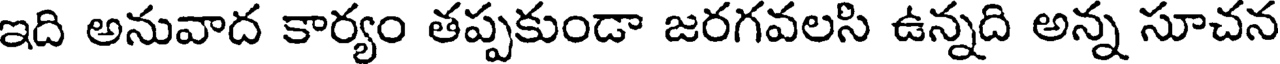
ఇది అనువాద కార్యం తప్పకుండా జరగవలసి ఉన్నది అన్న సూచన